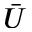
\bar { U }